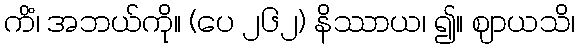
ကိံ၊ အဘယ်ကို။ (ပေ ၂၆၂) နိဿာယ၊ ၍။ ဈာယသိ၊